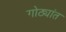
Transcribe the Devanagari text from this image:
गोठ्यांत